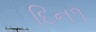
દિન૧